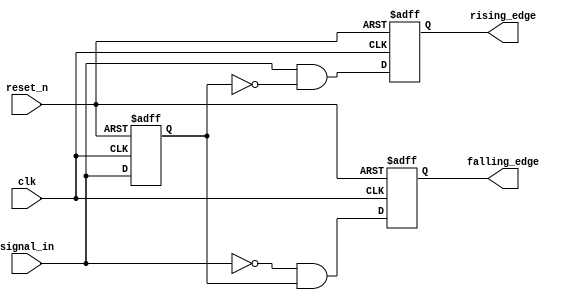
module dual_edge_detector (
    input wire clk,            // Clock signal
    input wire reset_n,       // Asynchronous active-low reset
    input wire signal_in,      // Input signal
    output reg rising_edge,    // Rising edge output
    output reg falling_edge    // Falling edge output
);

// Internal register to hold the previous state of the input signal
reg signal_in_prev;

// Always block for edge detection logic and state updates
always @(posedge clk or negedge reset_n) begin
    if (!reset_n) begin
        // Asynchronous reset: initialize outputs and previous state
        rising_edge <= 0;
        falling_edge <= 0;
        signal_in_prev <= 0;
    end else begin
        // Edge detection logic
        rising_edge <= (signal_in == 1'b1 && signal_in_prev == 1'b0);
        falling_edge <= (signal_in == 1'b0 && signal_in_prev == 1'b1);
        
        // Update previous state of the input signal
        signal_in_prev <= signal_in;
    end
end

endmodule